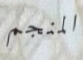
المنجم